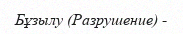
Бұзылу (Разрушение) -